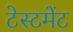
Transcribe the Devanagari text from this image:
टेस्टमेंट